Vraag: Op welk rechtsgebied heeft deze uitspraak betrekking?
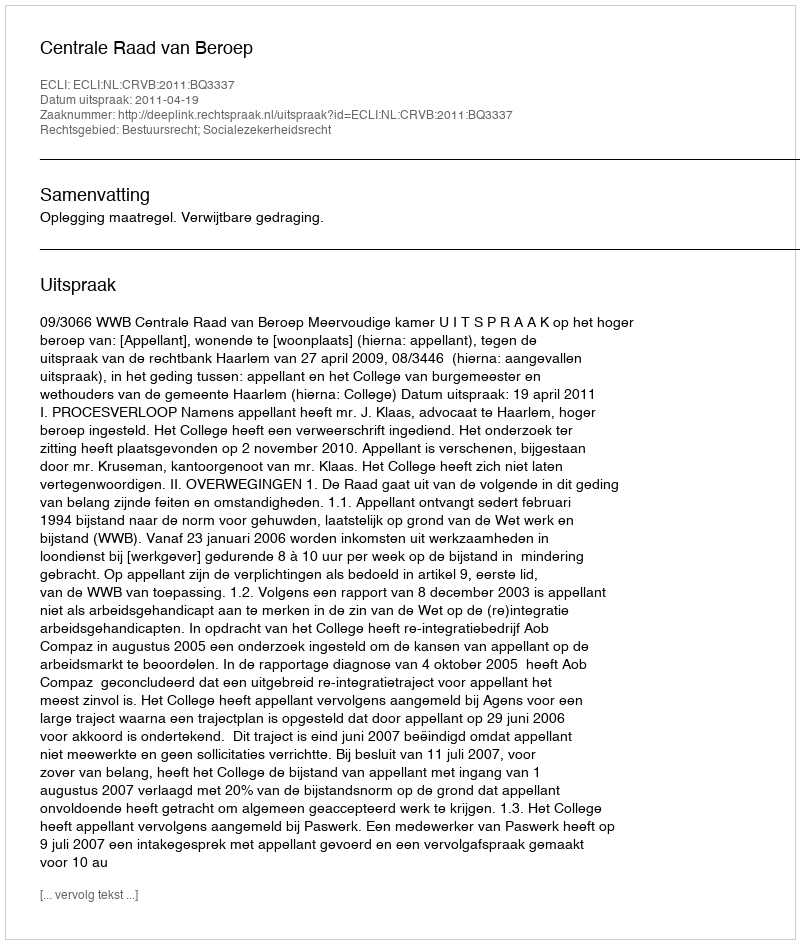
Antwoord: Bestuursrecht; Socialezekerheidsrecht